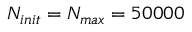
N _ { i n i t } = N _ { m a x } = 5 0 0 0 0